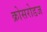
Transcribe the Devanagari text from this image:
क्रोसरोडज